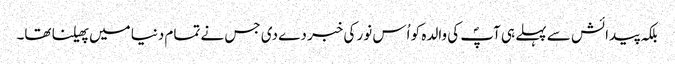
بلکہ پیدائش سے پہلے ہی آپؐ کی والدہ کو اُس نور کی خبر دے دی جس نے تمام دنیا میں پھیلنا تھا۔